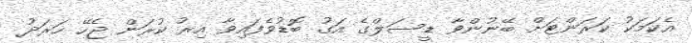
އެކަމަކު ކަރަންޓަށް ބޭނުންވާ ޑީސަލްގެ އަގު ބޮޑުވެފައިވާ އިރު ކުރަން ޖެހޭ ހަރަދު